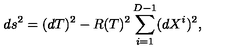
d s ^ { 2 } = ( d T ) ^ { 2 } - R ( T ) ^ { 2 } \sum _ { i = 1 } ^ { D - 1 } ( d X ^ { i } ) ^ { 2 } ,